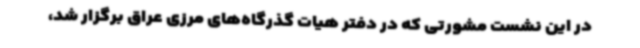
در این نشست مشورتی که در دفتر هیات گذرگاه‌های مرزی عراق برگزار شد،